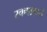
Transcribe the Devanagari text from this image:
स्वणाक्षरों